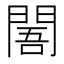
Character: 䦜